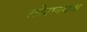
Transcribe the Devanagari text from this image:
तोरणपथ